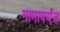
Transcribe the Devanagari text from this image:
गामापर्यंत